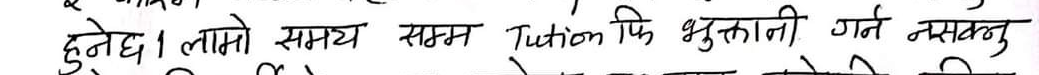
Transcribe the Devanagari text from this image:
हुनेछ। लामो समय सम्म Tuition फि भुक्तानी गर्ने नसक्नु